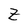
Character: Z